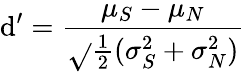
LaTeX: \mathrm{d}^{\prime}={\frac{{\mu_{S}-\mu_{N}}}{{\sqrt{}{{{\frac{{1}}{{2}}}(\sigma_{S}^{2}+\sigma_{N}^{2})}}}}}